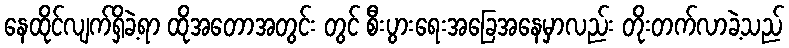
နေထိုင်လျက်ရှိခဲ့ရာ ထိုအတောအတွင်း တွင် စီးပွားရေးအခြေအနေမှာလည်း တိုးတက်လာခဲ့သည်